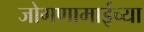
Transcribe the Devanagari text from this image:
जोगणामाईच्या